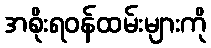
အစိုးရဝန်ထမ်းများကို